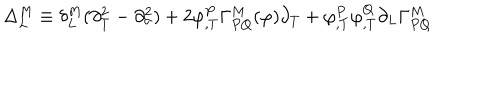
\Delta _ { L } ^ { M } \equiv \delta _ { L } ^ { M } ( \partial _ { T } ^ { 2 } - \partial _ { \sigma } ^ { 2 } ) + 2 \varphi _ { , T } ^ { P } \Gamma _ { P Q } ^ { M } ( \varphi ) \partial _ { T } + \varphi _ { , T } ^ { P } \varphi _ { , T } ^ { Q } \partial _ { L } \Gamma _ { P Q } ^ { M }